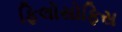
ફિલોસોફિસ